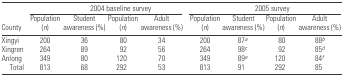
<table><thead><tr><td></td><td colspan="4"><b>2004 baseline survey</b></td><td colspan="4"><b>2005 survey</b></td></tr><tr><td><b>County</b></td><td><b>Population (<i>n</i>)</b></td><td><b>Student awareness (%)</b></td><td><b>Population (<i>n</i>)</b></td><td><b>Adult awareness (%)</b></td><td><b>Population (<i>n</i>)</b></td><td><b>Student awareness (%)</b></td><td><b>Population (<i>n</i>)</b></td><td><b>Adult awareness (%)</b></td></tr></thead><tbody><tr><td>Xingyi</td><td>200</td><td>36</td><td>80</td><td>34</td><td>200</td><td>87a</td><td>80</td><td>88b</td></tr><tr><td>Xingren</td><td>264</td><td>89</td><td>92</td><td>56</td><td>264</td><td>98c</td><td>92</td><td>85d</td></tr><tr><td>Anlong</td><td>349</td><td>80</td><td>120</td><td>70</td><td>349</td><td>89e</td><td>120</td><td>84f</td></tr><tr><td> Total</td><td>813</td><td>68</td><td>292</td><td>53</td><td>813</td><td>91</td><td>292</td><td>85</td></tr></tbody></table>